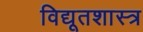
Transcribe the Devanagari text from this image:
विद्यूतशास्त्र